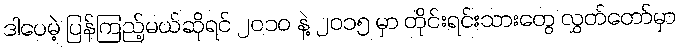
ဒါပေမဲ့ ပြန်ကြည့်မယ်ဆိုရင် ၂၀၁၀ နဲ့ ၂၀၁၅ မှာ တိုင်းရင်းသားတွေ လွှတ်တော်မှာ